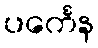
ပင်္ကေန